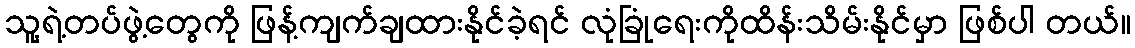
သူ့ရဲ့တပ်ဖွဲ့တွေကို ဖြန့်ကျက်ချထားနိုင်ခဲ့ရင် လုံခြုံရေးကိုထိန်းသိမ်းနိုင်မှာ ဖြစ်ပါ တယ်။